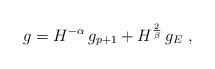
LaTeX: \begin{align*}g = H^{-\alpha}\,g_{p+1} + H^{\frac2\beta} \,g_E~,\end{align*}